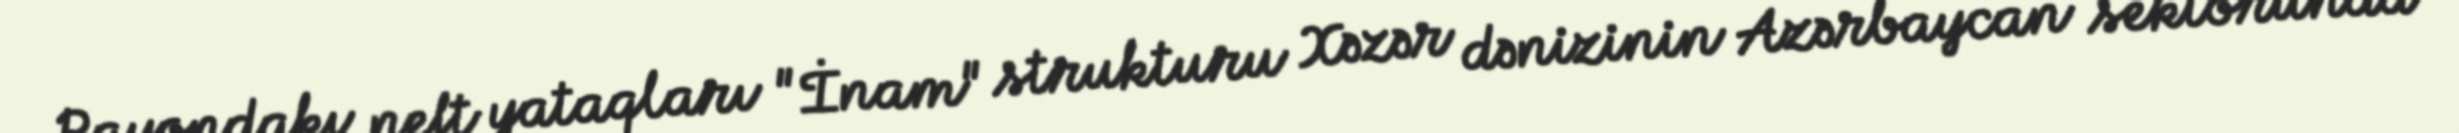
Rayondakı neft yataqları "İnam" strukturu Xəzər dənizinin Azərbaycan sektorunda